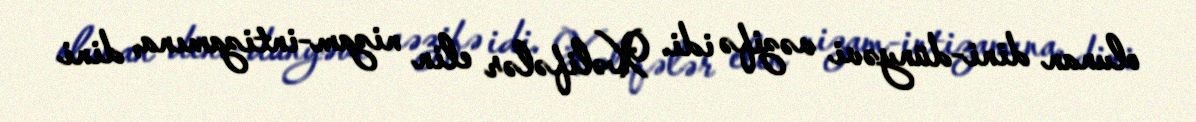
olunan dini-dünyəvi vəzifə idi. Xəlifələr elin nizam-intizamına, dini